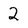
Character: 2